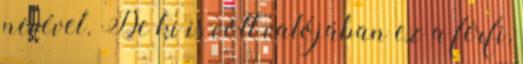
nevével. De ki is volt valójában ez a férfi,